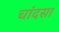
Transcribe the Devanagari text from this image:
चांदसा